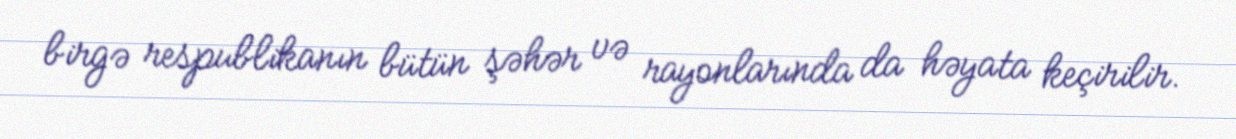
birgə respublikanın bütün şəhər və rayonlarında da həyata keçirilir.